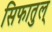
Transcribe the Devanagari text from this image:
सिफातुल्